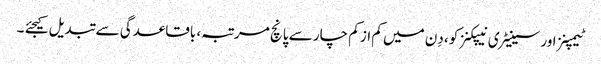
ٹیمپنز اور سینیٹری نیپکنز کو، دِن میں کم از کم چار سے پانچ مرتبہ، باقاعدگی سے تبدیل کیجئے ۔